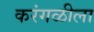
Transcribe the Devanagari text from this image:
करंगळीला